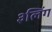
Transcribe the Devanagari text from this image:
३लिंग